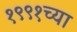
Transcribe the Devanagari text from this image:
१९९१च्या